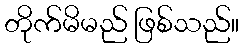
တိုက်မိမည် ဖြစ်သည်။